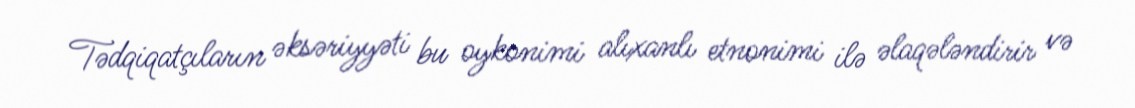
Tədqiqatçıların əksəriyyəti bu oykonimi alıxanlı etnonimi ilə əlaqələndirir və